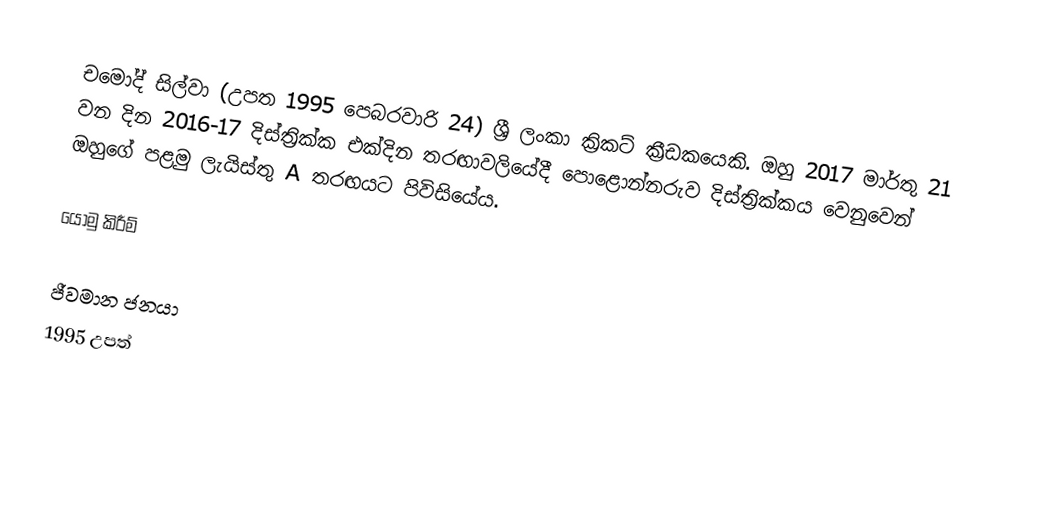
චමෝද් සිල්වා (උපත 1995 පෙබරවාරි 24) ශ්‍රී ලංකා ක්‍රිකට් ක්‍රීඩකයෙකි. ඔහු 2017 මාර්තු 21 වන දින 2016-17 දිස්ත්‍රික්ක එක්දින තරඟාවලියේදී පොළොන්නරුව දිස්ත්‍රික්කය වෙනුවෙන් ඔහුගේ පළමු ලැයිස්තු A තරඟයට පිවිසියේය.

යොමු කිරීම්

ජීවමාන ජනයා
1995 උපත්